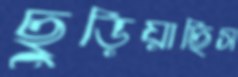
ছুড়িয়াছিস